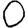
Digit: 0